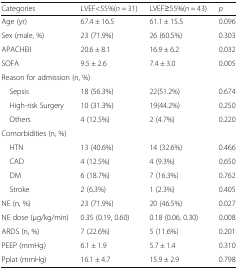
<table><thead><tr><td><b>Categories</b></td><td><b>LVEF&lt;55%(<i>n</i> = 31)</b></td><td><b>LVEF≥55%(<i>n</i> = 43)</b></td><td><b><i>p</i></b></td></tr></thead><tbody><tr><td>Age (yr)</td><td>67.4 ± 16.5</td><td>61.1 ± 15.5</td><td>0.096</td></tr><tr><td>Sex (male, %)</td><td>23 (71.9%)</td><td>26 (60.5%)</td><td>0.303</td></tr><tr><td>APACHEII</td><td>20.6 ± 8.1</td><td>16.9 ± 6.2</td><td>0.032</td></tr><tr><td>SOFA</td><td>9.5 ± 2.6</td><td>7.4 ± 3.0</td><td>0.005</td></tr><tr><td colspan="4">Reason for admission (n, %)</td></tr><tr><td> Sepsis</td><td>18 (56.3%)</td><td>22(51.2%)</td><td>0.674</td></tr><tr><td> High-risk Surgery</td><td>10 (31.3%)</td><td>19(44.2%)</td><td>0.250</td></tr><tr><td> Others</td><td>4 (12.5%)</td><td>2 (4.7%)</td><td>0.220</td></tr><tr><td colspan="4">Comorbidities (n, %)</td></tr><tr><td> HTN</td><td>13 (40.6%)</td><td>14 (32.6%)</td><td>0.466</td></tr><tr><td> CAD</td><td>4 (12.5%)</td><td>4 (9.3%)</td><td>0.650</td></tr><tr><td> DM</td><td>6 (18.7%)</td><td>7 (16.3%)</td><td>0.762</td></tr><tr><td> Stroke</td><td>2 (6.3%)</td><td>1 (2.3%)</td><td>0.405</td></tr><tr><td>NE (n, %)</td><td>23 (71.9%)</td><td>20 (46.5%)</td><td>0.027</td></tr><tr><td>NE dose (μg/kg/min)</td><td>0.35 (0.19, 0.60)</td><td>0.18 (0.06, 0.30)</td><td>0.008</td></tr><tr><td>ARDS (n, %)</td><td>7 (22.6%)</td><td>5 (11.6%)</td><td>0.201</td></tr><tr><td>PEEP (mmHg)</td><td>6.1 ± 1.9</td><td>5.7 ± 1.4</td><td>0.310</td></tr><tr><td>Pplat (mmHg)</td><td>16.1 ± 4.7</td><td>15.9 ± 2.9</td><td>0.798</td></tr></tbody></table>